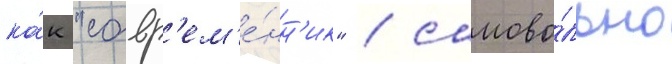
ка́к "совр'ем'е́нн'ик" / самово́льно